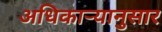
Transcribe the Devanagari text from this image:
अधिकाऱ्यानुसार